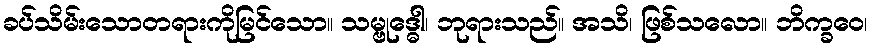
ခပ်သိမ်းသောတရားကိုမြင်သော။ သမ္ဗုဒ္ဓေါ၊ ဘုရားသည်။ အသိ၊ ဖြစ်သလော။ ဘိက္ခဝေ၊